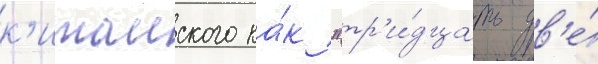
к'итаиского ка́к "тр'и́дцать дв'е́